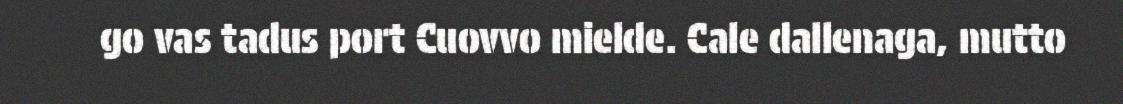
go vas tadus port Cuovvo mielde. Cale dallenaga, mutto